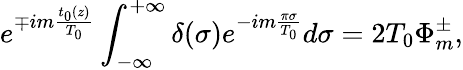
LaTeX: e^{\mp im\frac{t_{0}(z)}{T_{0}}}\int_{-\infty}^{+\infty}\delta(\sigma)e^{-im\frac{\pi\sigma}{T_{0}}}d\sigma=2T_{0}\Phi_{m}^{\pm},